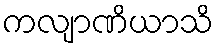
ကလျာဏိယာသိ